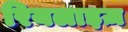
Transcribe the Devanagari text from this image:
रियलाइज़